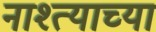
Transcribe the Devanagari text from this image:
नाश्त्याच्या